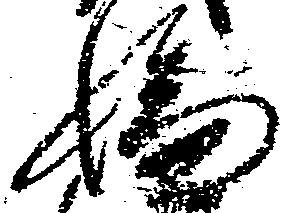
嫌